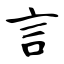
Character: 言